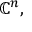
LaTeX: \mathbb { C } ^ { n } ,